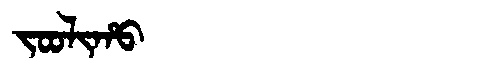
Manchu: ᠵᠣᠣᠯᡳᡥᠣ
Romanization: JOOLIHO